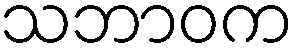
သဘာဝက